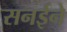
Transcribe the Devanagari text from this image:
सनईने